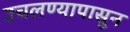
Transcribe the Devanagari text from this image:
उचलण्यापासून